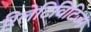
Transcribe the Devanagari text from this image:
रिलेटिविटिज्म